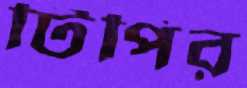
টিপির